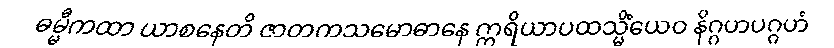
ဓမ္မီကထာ ယာစနေတိ ဇာတကသမောဓာနေ ဣရိယာပထသ္မိံယေဝ နိဂ္ဂဟပဂ္ဂဟံ